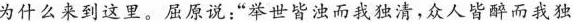
为什么来到这里。屈原说：‘‘举世皆浊而我独清，众人皆醉而我独